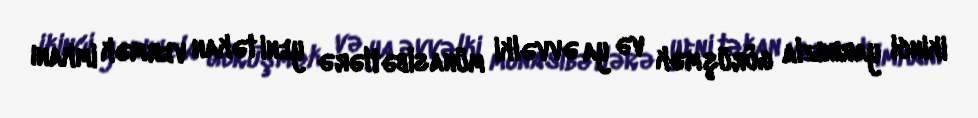
ikinci yarınızla görüşmək və ya əvvəlki münasibətlərə yeni təkan vermək imkanı